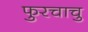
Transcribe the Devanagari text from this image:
फुरचाचु